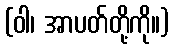
(ဝါ၊ အာပတ်တို့ကို။)